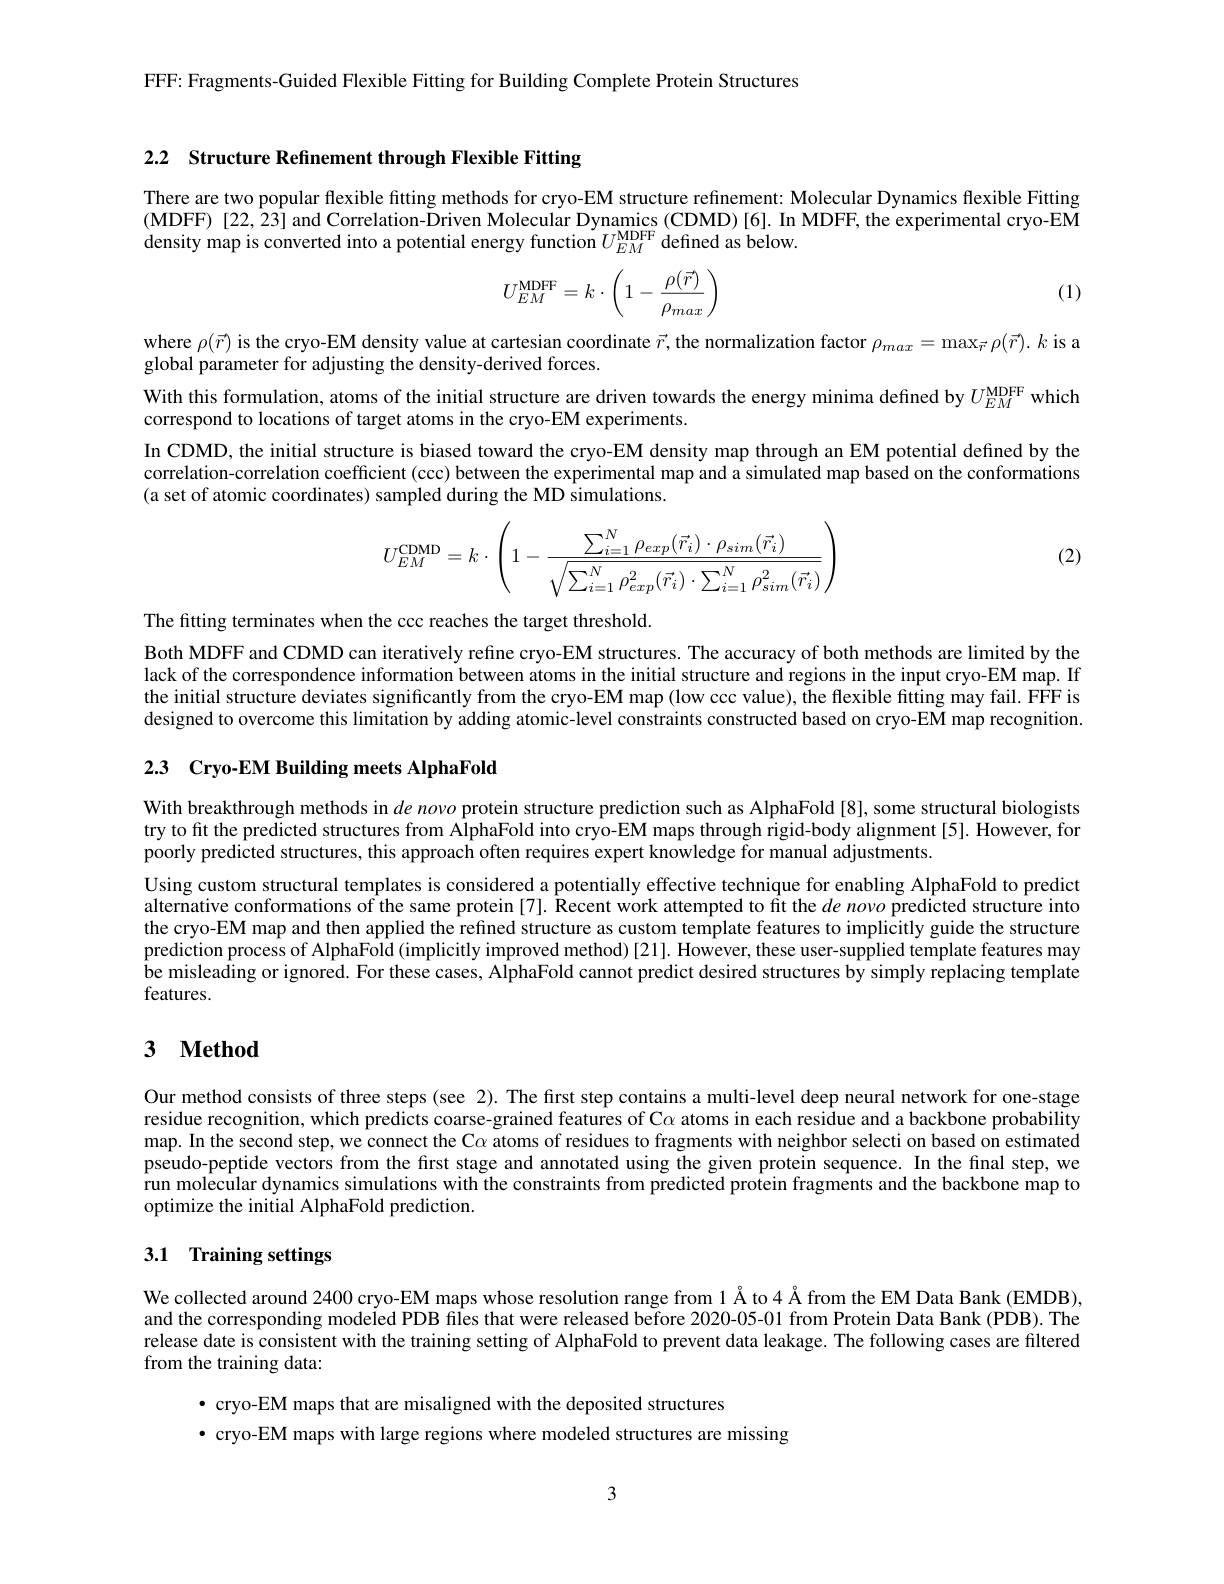
FFF: Fragments-Guided Flexible Fitting for Building Complete Protein Structures

2.2 Structure Refinement through Flexible Fitting

There are two popular flexible fitting methods for cryo-EM structure refinement: Molecular Dynamics flexible Fitting $(\mathbf{MDFF})$ [22,23] and Correlation-Driven Molecular Dynamics (CDMD)[6]. In MDFF, the experimental cryo-EM density map is converted into a potential energy function $U_EM^\mathrm{MDFF}$ defined as below.
$$U_{EM}^{\mathrm{MDFF}}=k\cdot\left(1-\frac{\rho(\vec{r})}{\rho_{max}}\right)$$
(1)

where $\rho(\vec{r})$ is the cryo-EM density value at cartesian coordinate $\vec{r}$, the normalization factor $\rho_{max}=\max_{\vec{r}}\rho(\vec{r}).k$ is a
global parameter for adjusting the density-derived forces.
With this formulation, atoms of the initial structure are driven towards the energy minima defined by $U_{EM}^\mathrm{MDFF}$ which
correspond to locations of target atoms in the cryo-EM experiments.
In CDMD, the initial structure is biased toward the cryo-EM density map through an EM potential defined by the correlation-correlation coefficient (ccc) between the experimental map and a simulated map based on the conformations (a set of atomic coordinates) sampled during the MD simulations.

(2)
$$U_{EM}^{\mathrm{CDMD}}=k\cdot\left(1-\frac{\sum_{i=1}^N\rho_{exp}(\vec r_i)\cdot\rho_{sim}(\vec r_i)}{\sqrt{\sum_{i=1}^N\rho_{exp}^2(\vec r_i)\cdot\sum_{i=1}^N\rho_{sim}^2(\vec r_i)}}\right)$$
The fitting terminates when the ccc reaches the target threshold.
Both MDFF and CDMD can iteratively refine cryo-EM structures. The accuracy of both methods are limited by the lack of the correspondence information between atoms in the initial structure and regions in the input cryo-EM map. If the initial structure deviates significantly from the cryo-EM map (low ccc value), the flexible fitting may fail. FFF is designed to overcome this limitation by adding atomic-level constraints constructed based on cryo-EM map recognition. 2.3 Cryo-EM Building meets AlphaFold

With breakthrough methods in $de$ novo protein structure prediction such as AlphaFold [8], some structural biologists try to fit the predicted structures from AlphaFold into cryo-EM maps through rigid-body alignment[5]. However, for poorly predicted structures, this approach often requires expert knowledge for manual adjustments.

Using custom structural templates is considered a potentially effective technique for enabling AlphaFold to predict alternative conformations of the same protein[7]. Recent work attempted to fit the $de$ novo predicted structure into the cryo-EM map and then applied the refined structure as custom template features to implicitly guide the structure prediction process of AlphaFold (implicitly improved method) [21]. However, these user-supplied template features may be misleading or ignored. For these cases, AlphaFold cannot predict desired structures by simply replacing template features.

### 3 $\mathbf{Method}$

Our method consists of three steps (see 2). The first step contains a multi-level deep neural network for one-stage residue recognition, which predicts coarse-grained features of C$\alpha$ atoms in each residue and a backbone probability map. In the second step, we connect the C$\alpha$ atoms of residues to fragments with neighbor selecti on based on estimated pseudo-peptide vectors from the first stage and annotated using the given protein sequence. In the final step, we run molecular dynamics simulations with the constraints from predicted protein fragments and the backbone map to optimize the initial AlphaFold prediction.

# 3.1 Training settings

We collected around 2400 cryo-EM maps whose resolution range from 1Å to 4Å from the EM Data Bank (EMDB), and the corresponding modeled PDB files that were released before 2020-05-01 from Protein Data Bank (PDB). The release date is consistent with the training setting of AlphaFold to prevent data leakage. The following cases are filtered from the training data:

· cryo-EM maps that are misaligned with the deposited structures
·cryo-EM maps with large regions where modeled structures are missing

3